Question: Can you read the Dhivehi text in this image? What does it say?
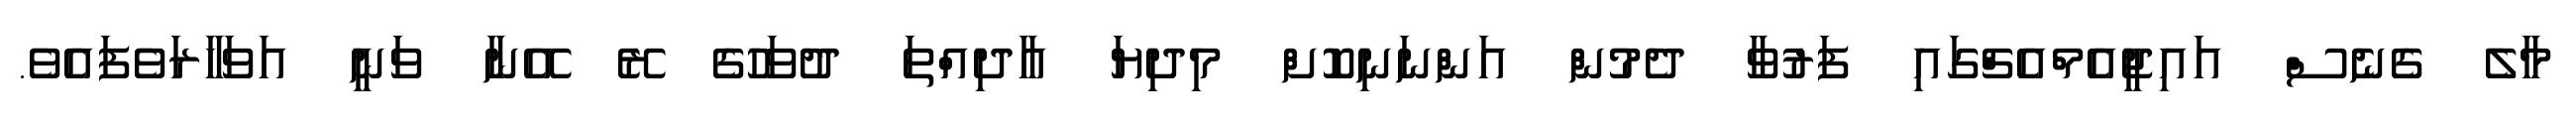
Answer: މާލެ ގެނެސް އައިޖީއެމްއެޗްގައި ފަރުވާ ދެމުން އަންނަނިކޮށް މިދިޔަ އާދިއްތަ ދުވަހުގެ ރޭ އޭނާ ވަނީ އަވަހާރަވެފައެވެ.